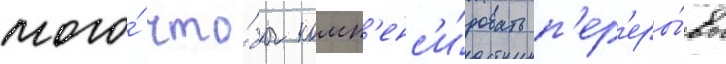
того́ что́бы комп'енс'и́ровать п'ер'еры́вы